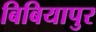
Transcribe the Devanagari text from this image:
बिबियापुर